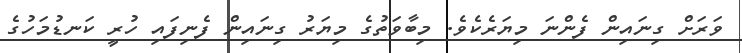
ވަަރަށް ގިނައިން ފެންނަ މިޔަރެކެވެ. މިބާވަތުގެ މިޔަރު ގިނައިން ފެނިފައި ހުރީ ކަނޑުމަހުގެ